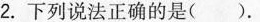
2.下列说法正确的是().